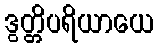
ဒွတ္တိပရိယာယေ